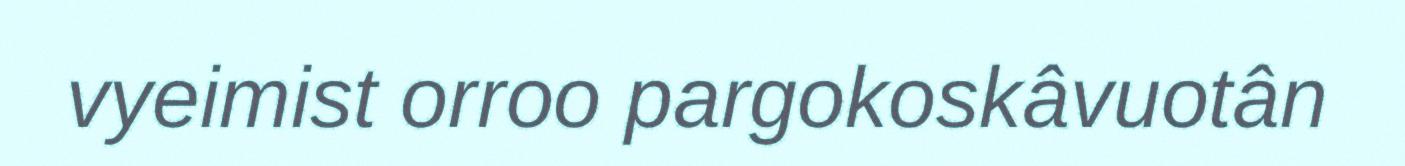
vyeimist orroo pargokoskâvuotân